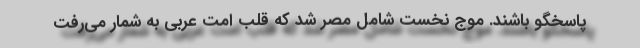
پاسخگو باشند. موج نخست شامل مصر شد که قلب امت عربی به شمار می‌رفت